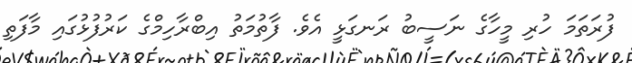
ފުރަތަމަ ހުރި މީހާގެ ނަސީބު ރަނގަޅީ އެވެ. ފާތުމަތު އިބްރާހިމްގެ ކަރުފުޅުގައި މާފަތި